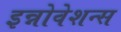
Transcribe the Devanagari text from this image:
इन्नोवेशन्स